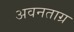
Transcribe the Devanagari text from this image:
अवनताग्र